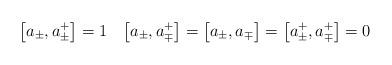
LaTeX: \begin{align*}\bigl[a_{\pm}, a^{+}_{\pm}\bigr] = 1 \quad \bigl[a_{\pm}, a^{+}_{\mp}\bigr] =\bigl[a_{\pm}, a_{\mp}\bigr] =\bigl[a^{+}_{\pm}, a^{+}_{\mp}\bigr] = 0\end{align*}